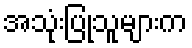
အသုံးပြုသူများက